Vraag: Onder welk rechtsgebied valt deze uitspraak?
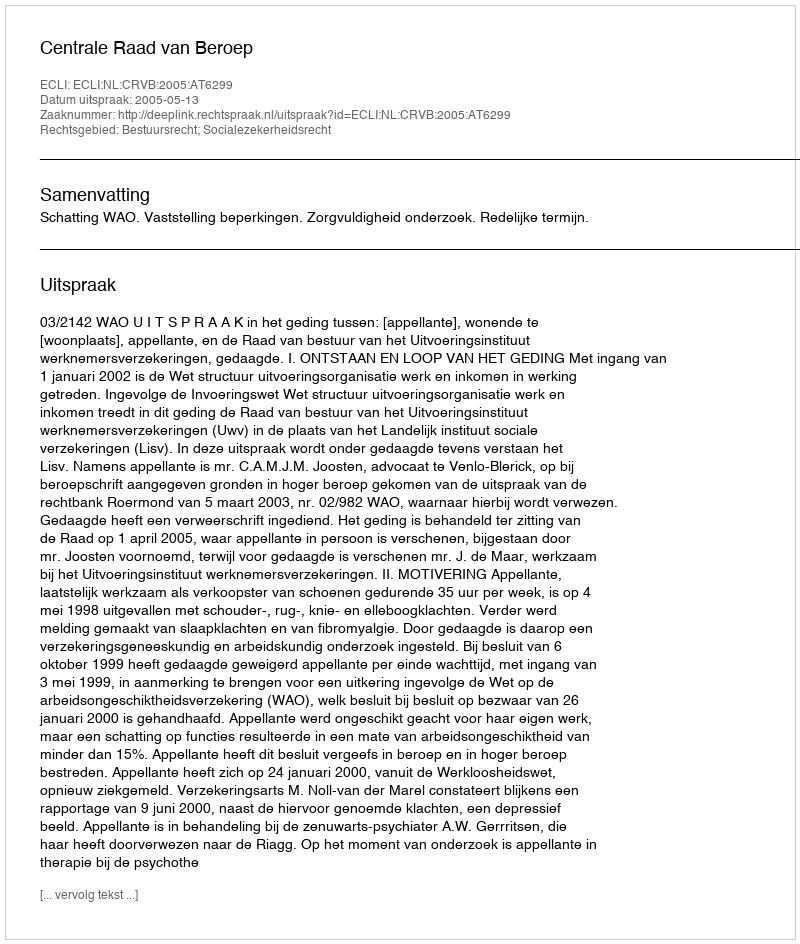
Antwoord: Bestuursrecht; Socialezekerheidsrecht